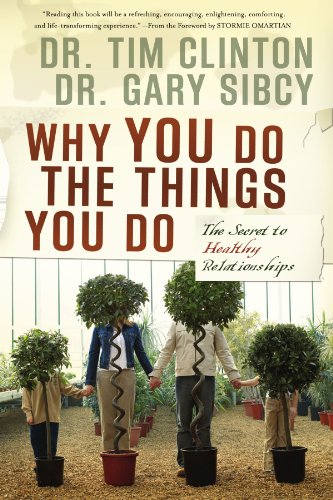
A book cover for Why You Do the Things You Do: The Secret to Healthy Relationships; Tim Clinton; Christian Books & Bibles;